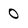
Character: 0